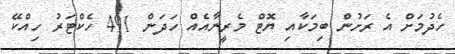
ހެދުމަށް އެ ރަށުން ބިމަކާއި ޔޮޓް މެރީނާއެއް ހަދަން 491 ހެކްޓަރު ހިއްކޭ